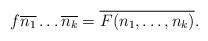
LaTeX: \begin{align*}f\overline{n_1}\dots\overline{n_k} = \overline{F(n_1,\ldots,n_k)}.\end{align*}